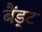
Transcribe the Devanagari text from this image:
बैंड्ट